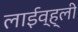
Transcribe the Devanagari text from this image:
लाईव्ह्ली